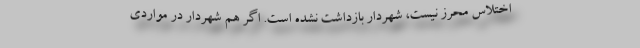
اختلاس محرز نیست، شهردار بازداشت نشده است. اگر هم شهردار در مواردی